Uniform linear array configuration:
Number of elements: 12
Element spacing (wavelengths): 0.75
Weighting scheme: exponential
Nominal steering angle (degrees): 30
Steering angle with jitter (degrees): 30.012
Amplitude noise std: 0.05
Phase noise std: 0.05

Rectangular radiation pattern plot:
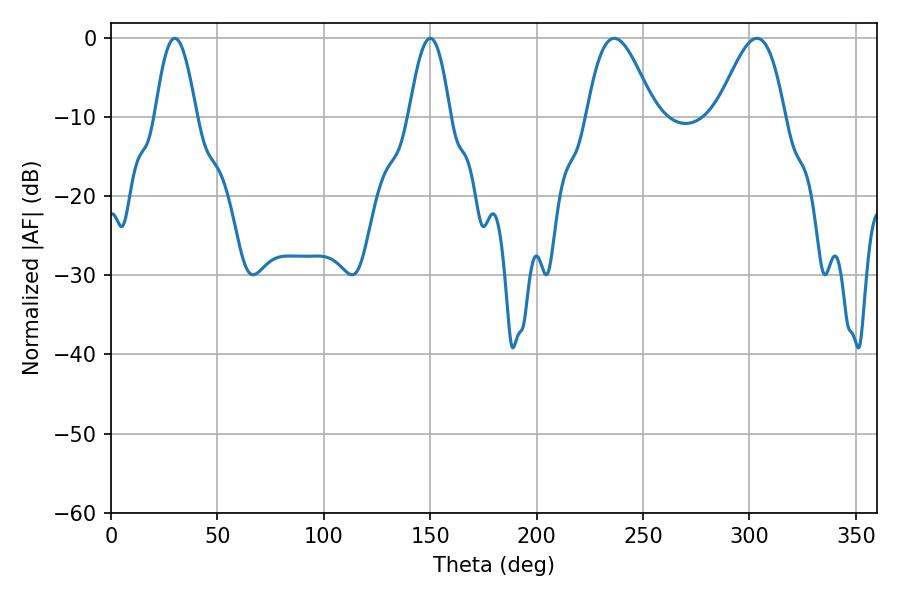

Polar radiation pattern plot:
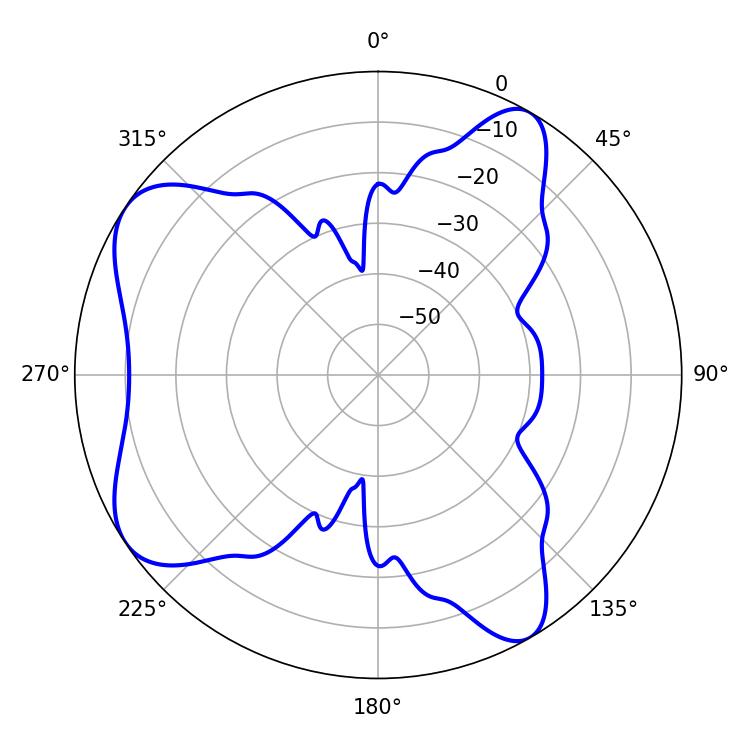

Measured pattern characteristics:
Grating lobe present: TRUE
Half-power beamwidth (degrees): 17.1
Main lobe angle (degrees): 236.52